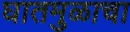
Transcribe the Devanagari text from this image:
घातमुळाचा